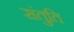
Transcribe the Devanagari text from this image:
संतुति